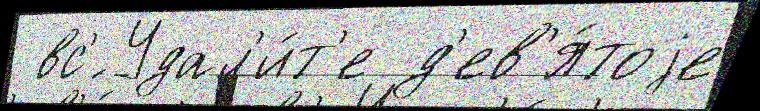
 вс'́ Удал'и́т'е д'ев'я́тоjе